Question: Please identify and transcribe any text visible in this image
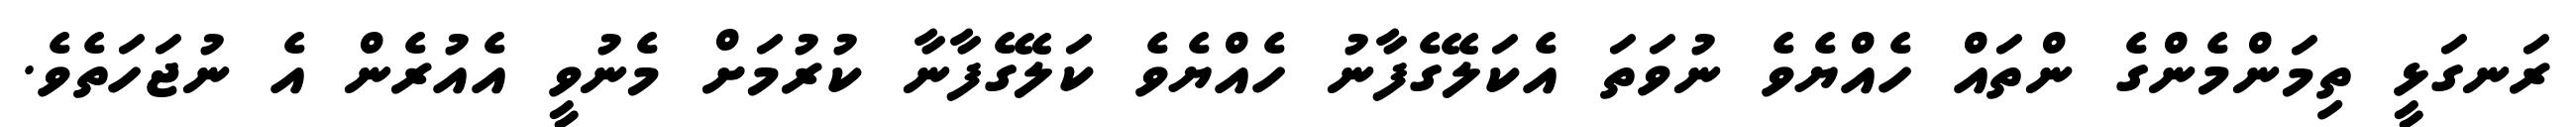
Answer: ރަނގަޅީ ތިމަންމެންގެ ންތައް ހެއްޔެވެ ނުވަތަ އެކަލޭގެފާނު ހެއްޔެވެ ކަލޭގެފާނާ ކުރުމަށް މެނުވީ އެއުރެން އެ ނުޖަހަތެވެ.